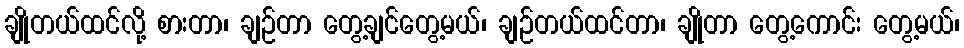
ချိုတယ်ထင်လို့ စားတာ၊ ချဉ်တာ တွေ့ချင်တွေ့မယ်၊ ချဉ်တယ်ထင်တာ၊ ချိုတာ တွေ့ကောင်း တွေ့မယ်၊